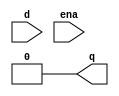
module top_module (
    input wire d, 
    input wire ena,
    output reg q
);
    assign q=0;
    always @(posedge ena or posedge d)
    begin
        if (ena)
            q <= d;
    end

endmodule